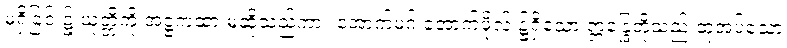
မရှိခြင်း၌ ယုတ္တိကို အဋ္ဌကထာ မဆိုသည်ကား အောက်မဂ် အောက်ဖိုလ် ၌ရှိသော ဣန္ဒြေတို့သည် ထုံအပ်သော